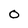
Character: 0